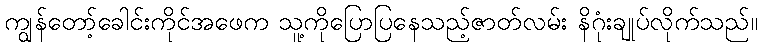
ကျွန်တော့်ခေါင်းကိုင်အဖေက သူ့ကိုပြောပြနေသည့်ဇာတ်လမ်း နိဂုံးချုပ်လိုက်သည်။